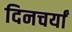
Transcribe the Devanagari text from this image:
दिनचर्यां